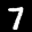
Label: 7